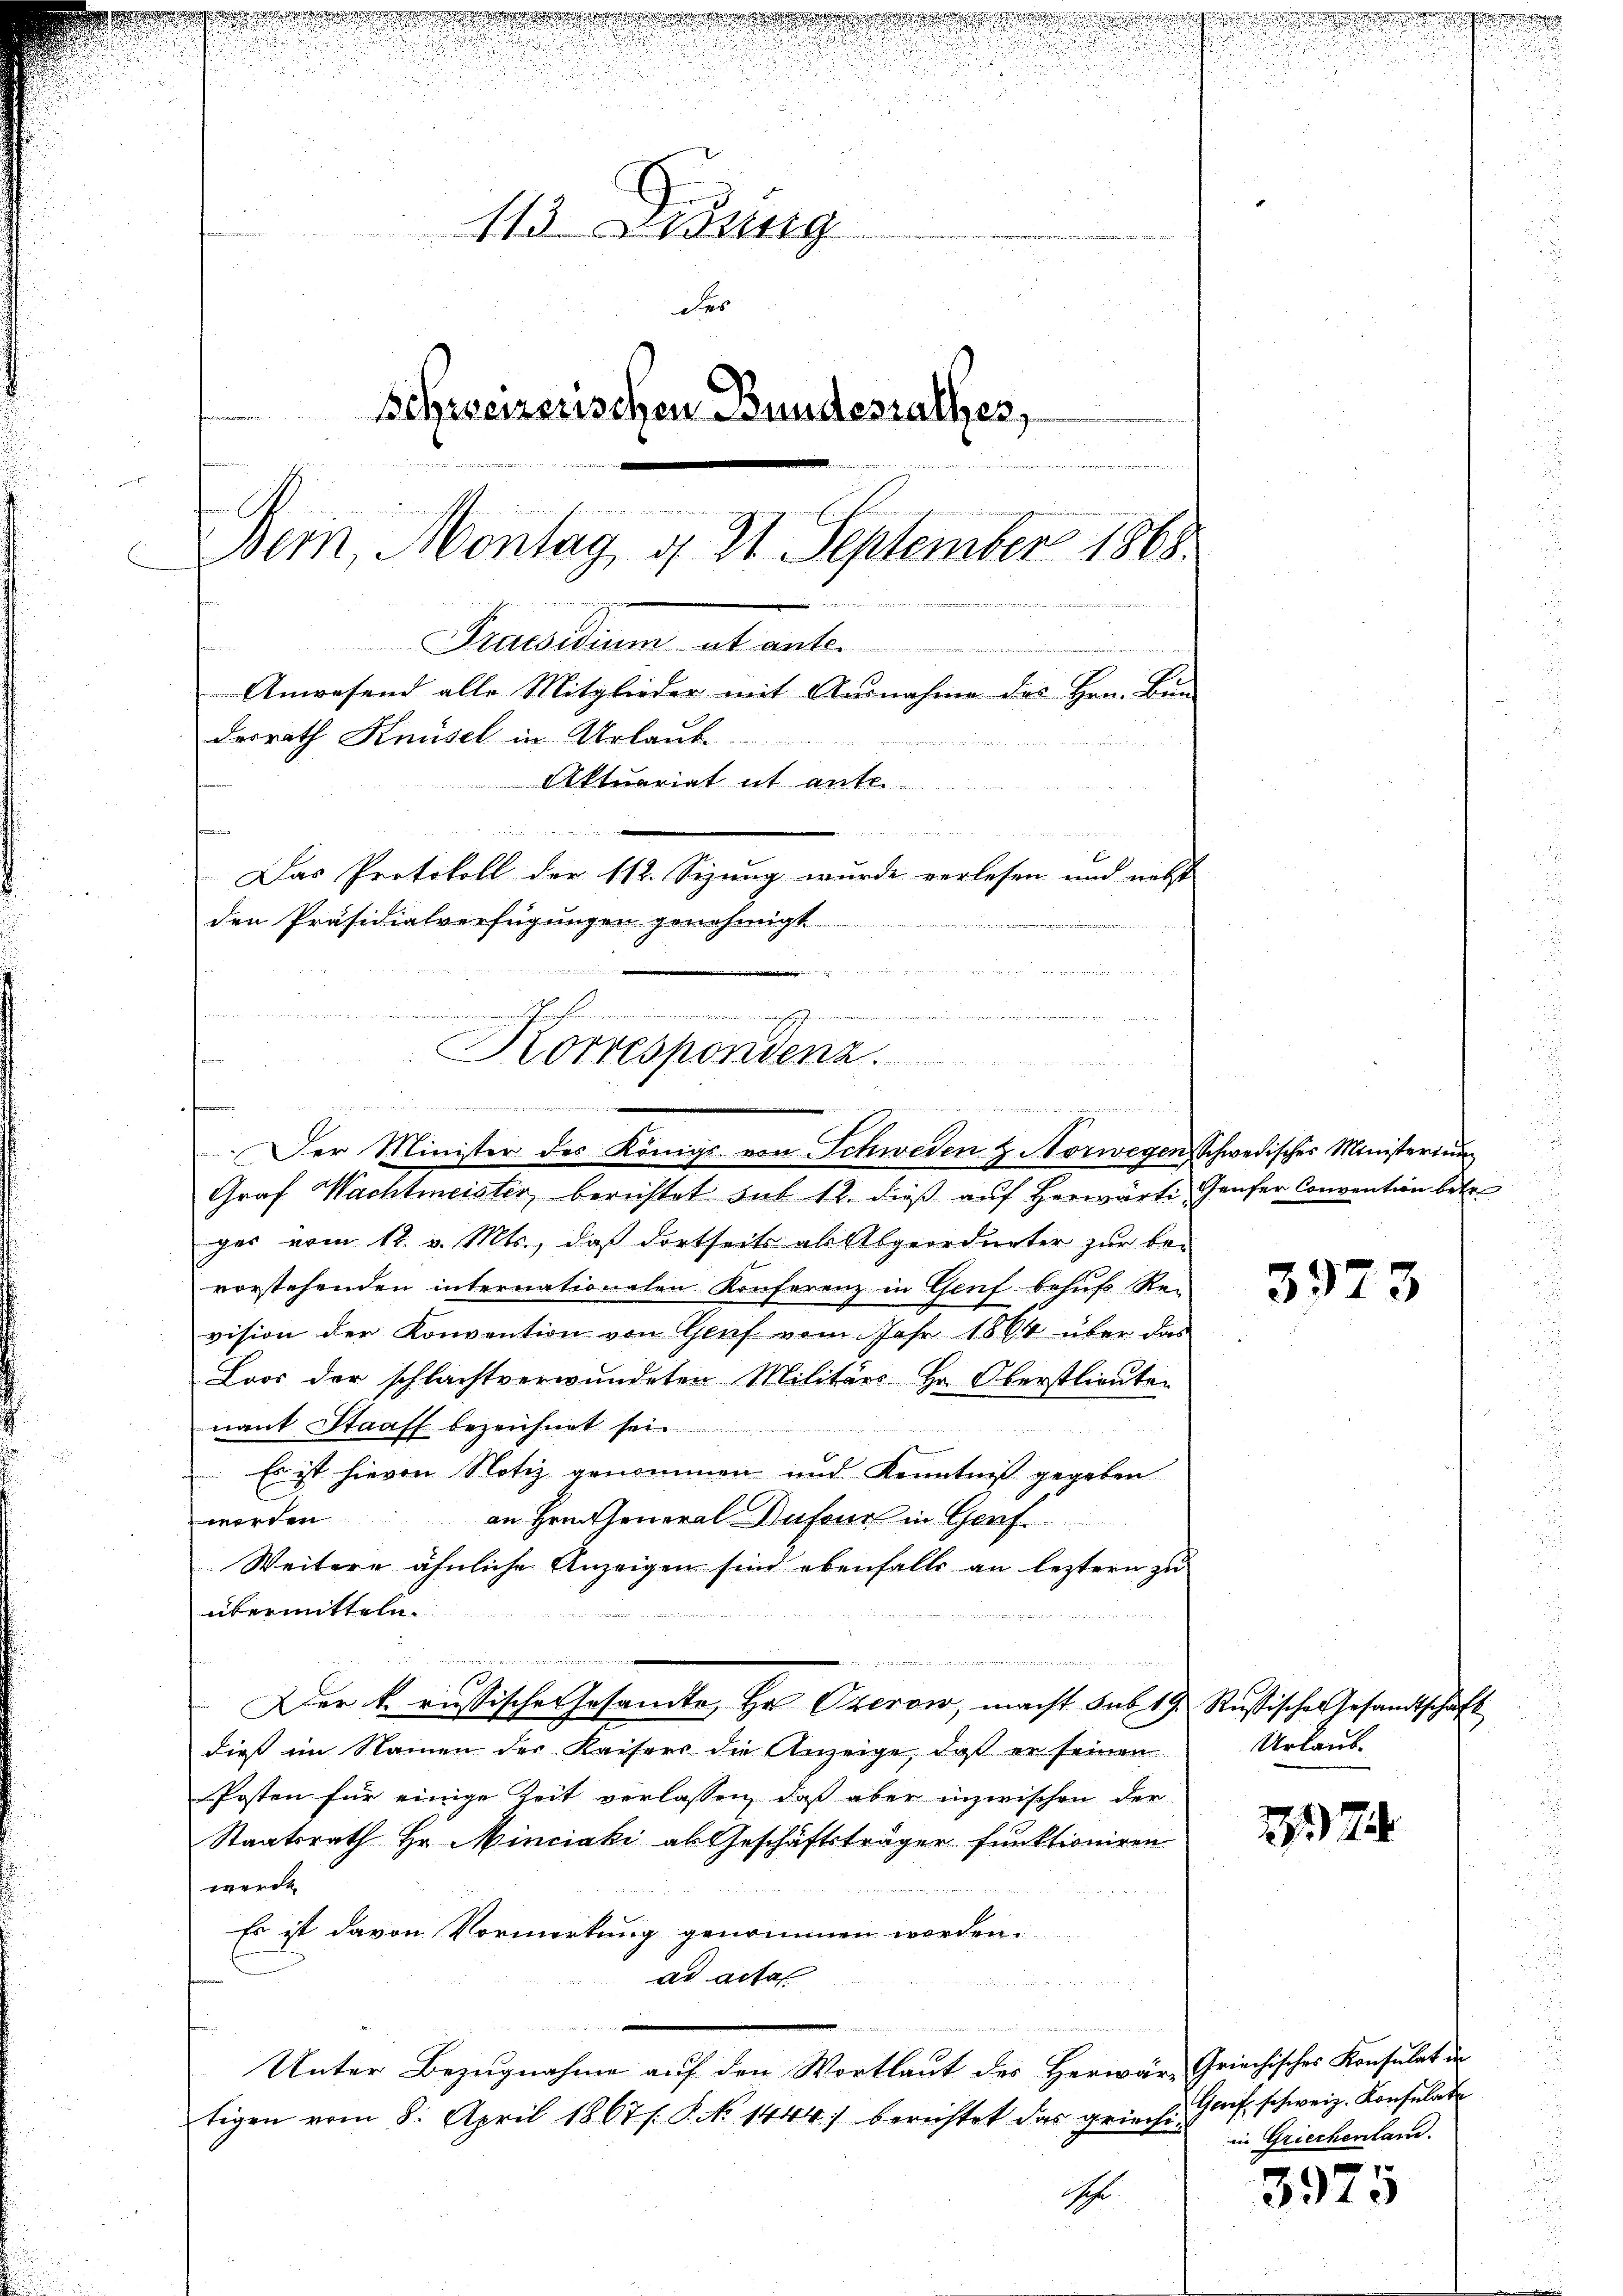
113. Jung
des
Schweizerischen Bundesrathes,
d
.
Bem, Montag, d. 21 September 1868.

u
Praesidium et ante.
u
Anwesend alle Mitglieder mit Ausnahme des Hrn. Bun
derrath Knüsel in Urlaub
c
Aktuariat it ante.
u
f
Das Protokoll der 112. Sezung wurde verlesen und nebst
den Präsidialverfügungen genehmigt

a
Korresponden
e
eieinanden

Der Minister des Königs von Schweden & Norwegen, Schwedisches Ministerium
Graf Wachtmeister berichtet sub 12. dieβ aŭf herwärte Genfer Convention betr.
ges vom 12. v. Mts., daß dortseits als Abgeordneter zur bevorstehenden internationalen Konferenz in Genf behufs Rei
vision der Konvention von Genf vom Jahr 1864 über das
Loos der schlachtverwundeten Militärs Hr. Oberstlieuten
nant Staaft bezeichnet sei.
 Es ist hievon Notiz genommen und Kenntniß gegeben
worden
an Hrn. General Dufour in Graf
Weitere ähnliche Anzeigen sind ebenfalls an leztern zu
übermitteln.
d
e
3
Der k. russische Gesamte, Hr. Ozerow, macht sub 19. Russische Gesandtschaft
dies im Namen der Kaisers die Anzeige, daß er seinen
Posten für einige Zeit verlassen, daß aber inzwischen der
Staatsrath Hr. Minciaki als Geschäftsträger funktioniren
werden
Es ist davon Vormerkung genommen worden.
ad acta
u
Unter Bezugnahme auf den Wortlaut des Herwäre Griechisches Konsulat in
tigen vom 8. April 1867/. P. No 1444) berichtet das griechi-
Sch

.

dur einen denen

n

3973

Urlaub.

274

Grf schweiz. Konsulate
in Griechenland.

3975